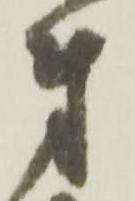
弟